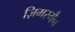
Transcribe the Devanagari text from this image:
ज़िमरमैन